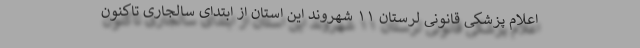
اعلام پزشکی قانونی لرستان ۱۱ شهروند این استان از ابتدای سالجاری تاکنون